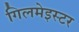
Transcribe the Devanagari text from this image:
गिलमेइस्टर